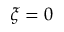
\xi = 0